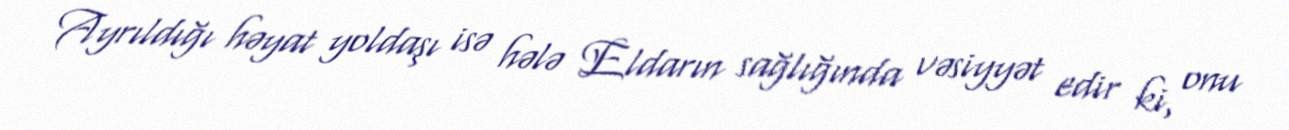
Ayrıldığı həyat yoldaşı isə hələ Eldarın sağlığında vəsiyyət edir ki, onu